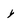
Character: y